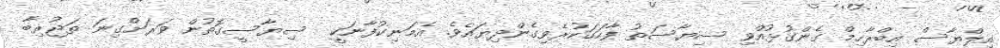
އިލްޔާސް އިބްރާހިމް ގެންގުޅުއްވި ސިޔާސަތު ފާހަގަކުރެވިގެންދިޔައެވެ. އެމަނިކުފާނަކީ  ސިޔާސީގޮތުން ވަރަށްގިނަ ތަޖުރިބާ